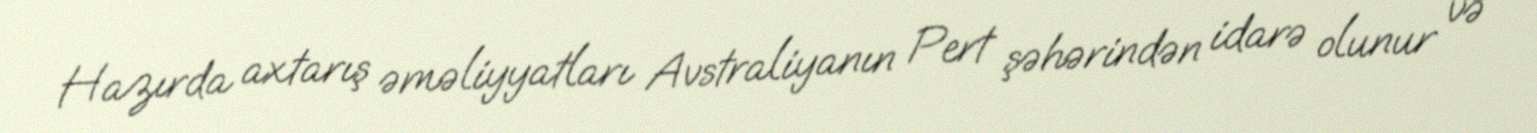
Hazırda axtarış əməliyyatları Avstraliyanın Pert şəhərindən idarə olunur və